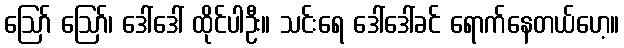
ဪ ဪ၊ ဒေါ်ဒေါ် ထိုင်ပါဦး။ သင်းရေ ဒေါ်ဒေါ်ခင် ရောက်နေတယ်ဟေ့။